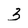
Character: 3